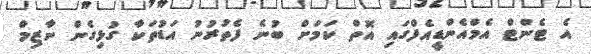
އެ ޓެންޓް އެމްއެންޑީއެފްގައި އޮތް ކަމަށް ބުނެ ފެތުރުނު އަޑުތަކާ ގުޅިގެން ނާޒިމް